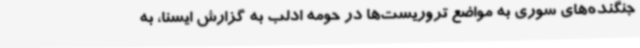
جنگنده‌های سوری به مواضع تروریست‌ها در حومه ادلب به گزارش ایسنا، به